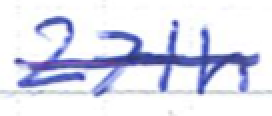
Text: 27th
Cross-out: single-line
Writing tool: ballpoint